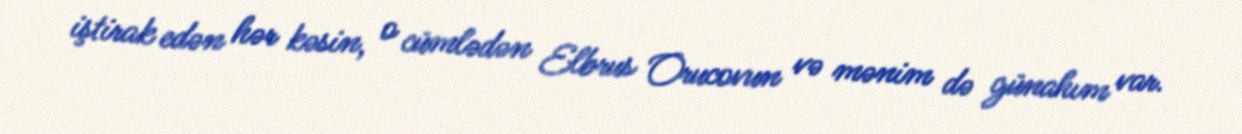
iştirak edən hər kəsin, o cümlədən Elbrus Orucovun və mənim də günahım var.